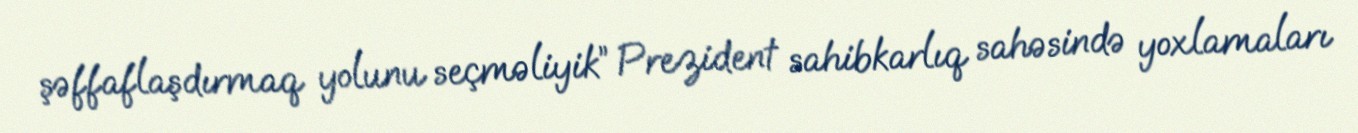
şəffaflaşdırmaq yolunu seçməliyik” Prezident sahibkarlıq sahəsində yoxlamaları